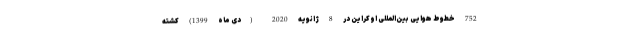
752 خطوط هوایی بین‌المللی اوکراین در 8 ژانویه 2020 (دی ماه 1399) کشته